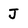
Character: J